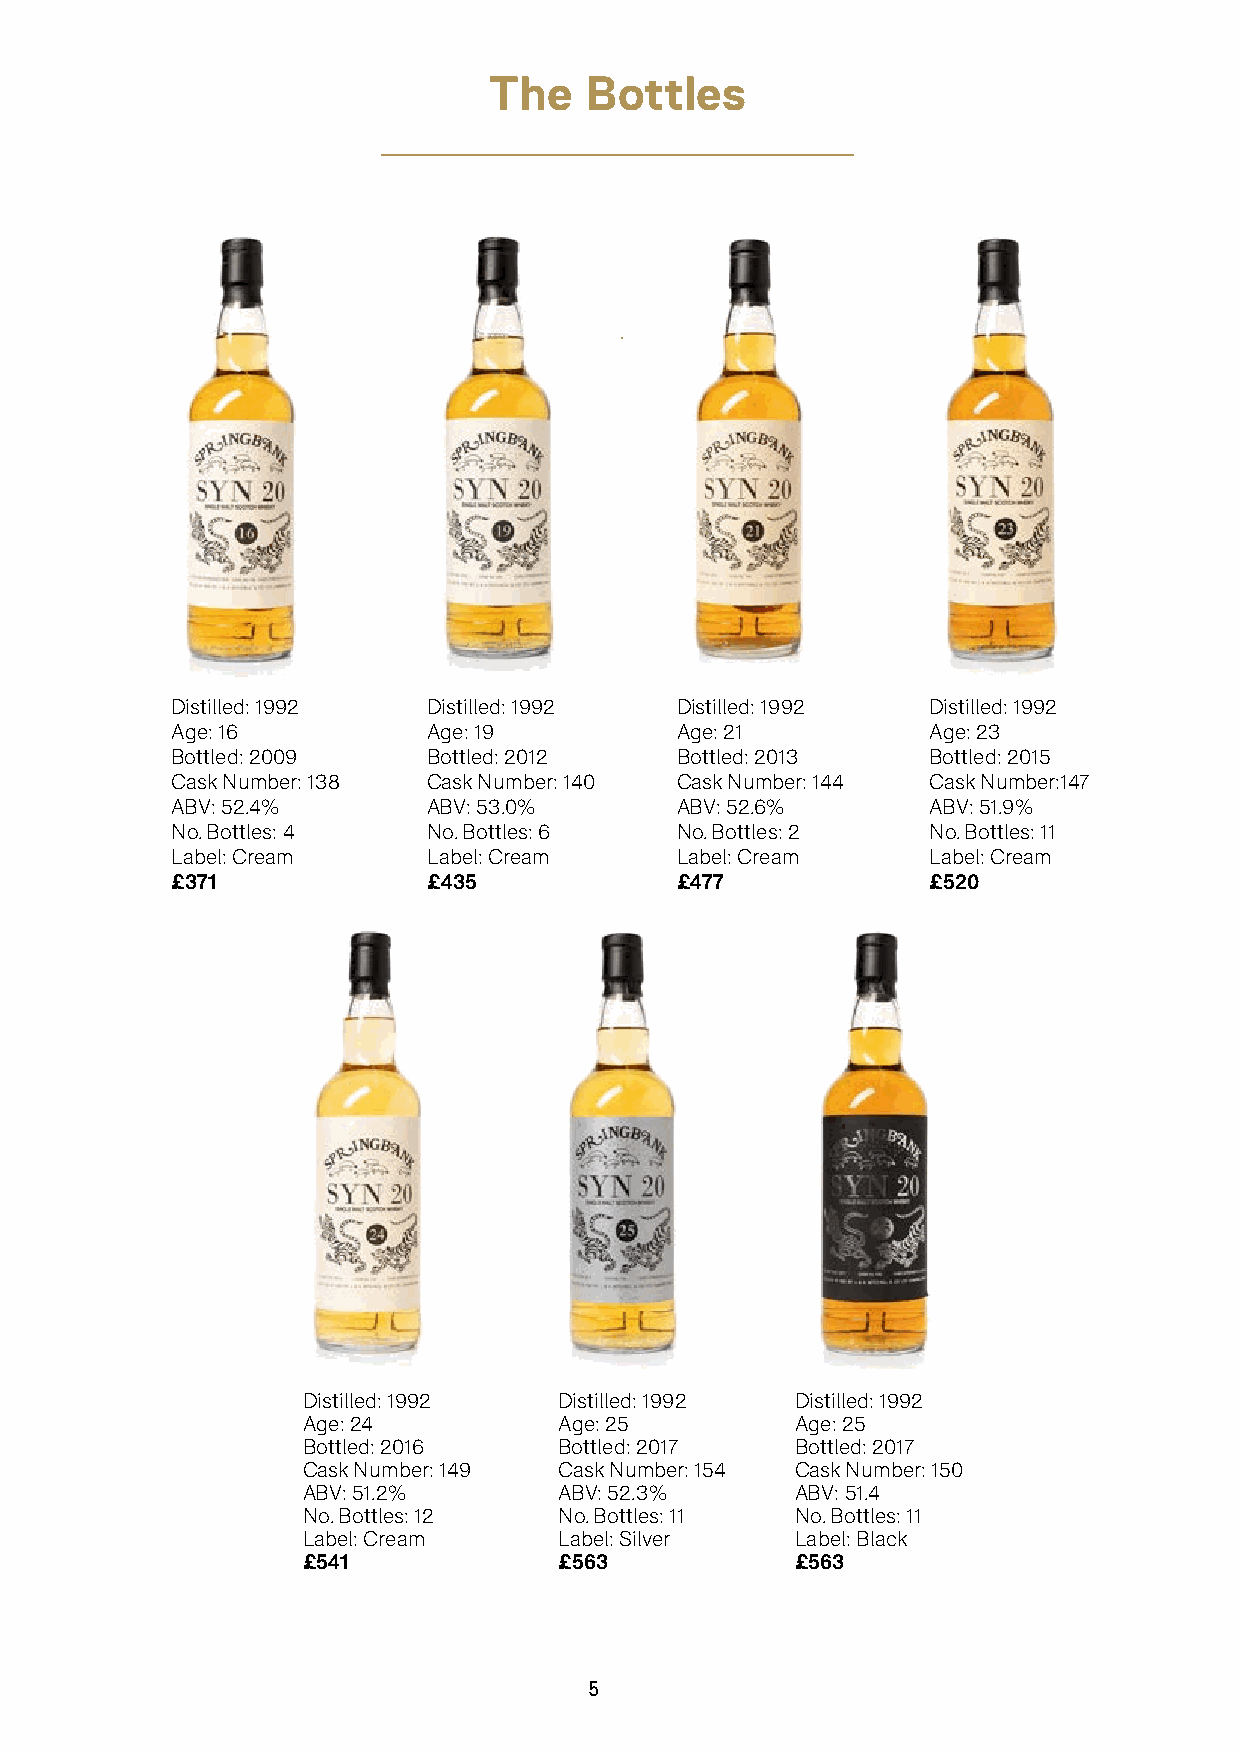
The    Bottles
 Distilled: 1992  Distilled: 1992  Distilled: 1992 Distilled: 1992
 Age: 16          Age: 19          Age: 21         Age: 23
 Bottled: 2009    Bottled: 2012    Bottled: 2013   Bottled: 2015
 Cask Number: 138 Cask Number: 140 Cask Number: 144 Cask Number:147
 ABV: 52.4%       ABV: 53.0%       ABV: 52.6%      ABV: 51.9%
 No. Bottles: 4   No. Bottles: 6   No. Bottles: 2  No. Bottles: 11
 Label: Cream     Label: Cream     Label: Cream    Label: Cream
 £371             £435             £477            £520
 Distilled: 1992  Distilled: 1992 Distilled: 1992
 Age: 24          Age: 25         Age: 25
 Bottled: 2016    Bottled: 2017   Bottled: 2017
 Cask Number: 149 Cask Number: 154 Cask Number: 150
 ABV: 51.2%       ABV: 52.3%      ABV: 51.4
 No. Bottles: 12  No. Bottles: 11 No. Bottles: 11
 Label: Cream     Label: Silver   Label: Black
 £541             £563            £563
 5